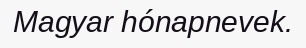
Magyar hónapnevek.